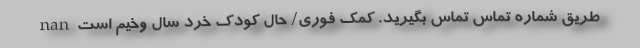
طریق شماره تماس تماس بگیرید. کمک فوری/ حال کودک خرد سال وخیم است nan